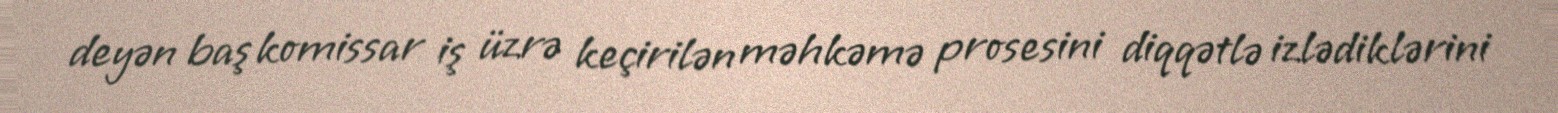
deyən baş komissar iş üzrə keçirilən məhkəmə prosesini diqqətlə izlədiklərini